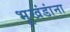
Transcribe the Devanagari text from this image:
भूखंडांना